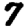
Digit: 7